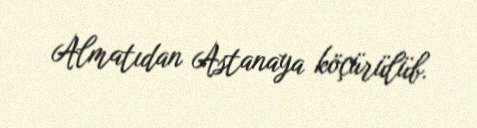
Almatıdan Astanaya köçürülüb.